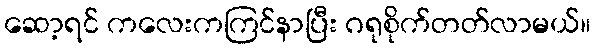
ဆော့ရင် ကလေးကကြင်နာပြီး ဂရုစိုက်တတ်လာမယ်။